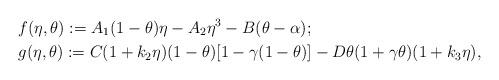
LaTeX: \begin{align*}&f(\eta,\theta) := A_1 (1-\theta)\eta - A_2\eta^3 - B(\theta-\alpha);\\&g(\eta, \theta) := C(1+k_2\eta)(1-\theta)[1-\gamma(1-\theta)] - D\theta(1+\gamma\theta)(1+k_3\eta),\end{align*}